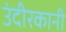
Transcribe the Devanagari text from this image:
उंदीरकानी